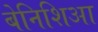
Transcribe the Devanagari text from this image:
बेनिशिआ